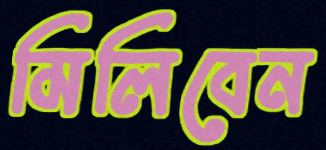
মিলিবেন